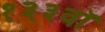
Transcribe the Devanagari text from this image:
१३३वॉ